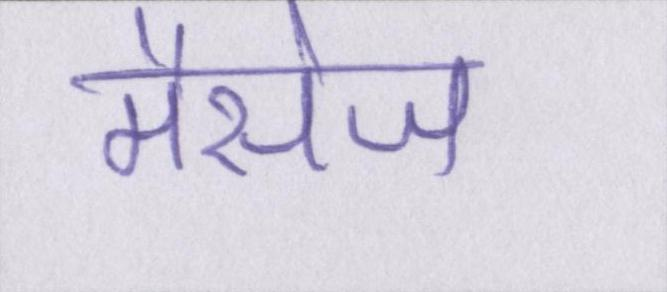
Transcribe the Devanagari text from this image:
मैसेज